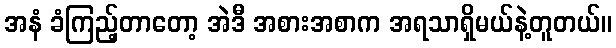
အနံ ခံကြည့်တာတော့ အဲဒီ အစားအစာက အရသာရှိမယ်နဲ့တူတယ်။